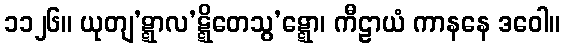
၁၁၂၆။ ယုတျ’ဋ္ဋာလ’ဋ္ဋိတေသွ’ဋ္ဋော၊ ကီဠာယံ ကာနနေ ဒဝေါ။